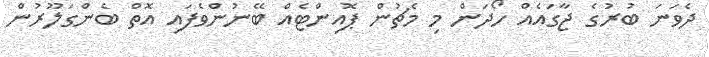
ދެވަނަ ބުރުގެ ޖާގައެއް ހޯދަން މި މެޗުން ޕޮއިންޓެއް ބޭނުންވެފައި އޮތް ބެންގަލޫރުން